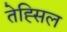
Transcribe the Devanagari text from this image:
तेह्सिल